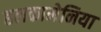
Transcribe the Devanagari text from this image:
हलकामेनिया